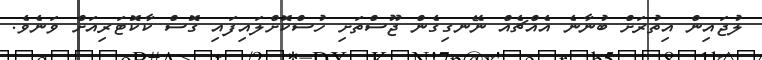
ލުޖައިން އިތުރަށް ބުނާނެ އެއްޗެއް ނޭނގިގެން ޖޫސްތަށި ހުސްކޮށްލައިފައި ގޮސް ކާކޮޓަރިއަށް ވަނެވެ.